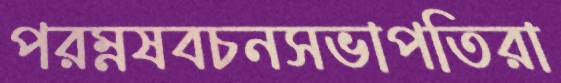
পরম্নষবচনসভাপতিরা